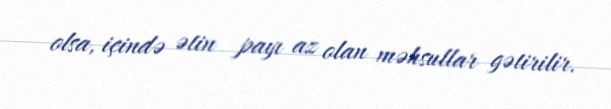
olsa, içində ətin payı az olan məhsullar gətirilir.